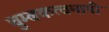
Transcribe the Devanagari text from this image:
चुम्बकत्वमापी